Indian journal of veterinary science and animal husbandry - Volumes 15-17, 1948-1951
Year: 1948
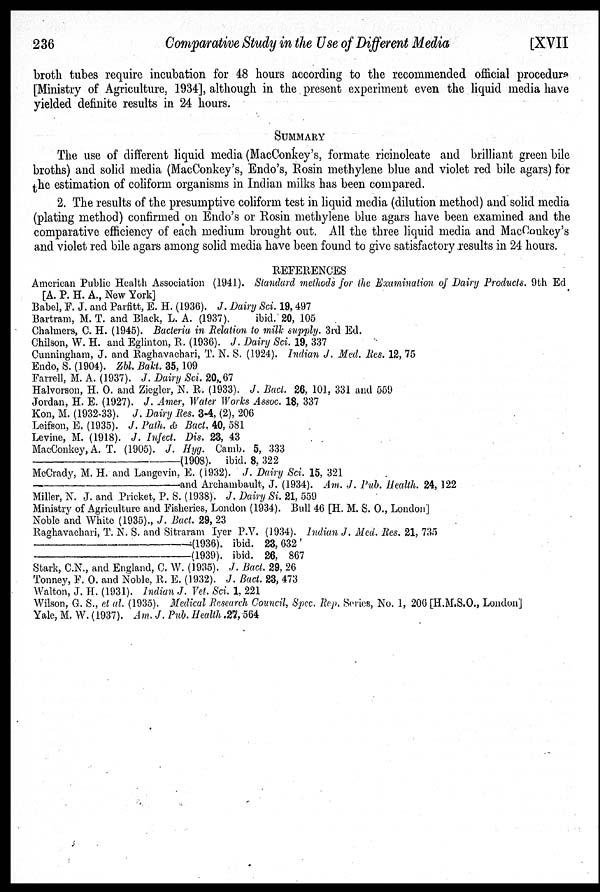
236
Comparative Study in the Use of Different Media
[XVII
broth tubes require incubation for 48 hours according to the recommended official procedure
[Ministry of Agriculture, 1934], although in the present experiment even the liquid media have
yielded definite results in 24 hours.
SUMMARY
The use of different liquid media (MacConkey's, formate ricinoleate and brilliant green bile
broths) and solid media (MacConkey's, Endo's, Rosin methylene blue and violet red bile agars) for
the estimation of coliform organisms in Indian milks has been compared.
2. The results of the presumptive coliform test in liquid media (dilution method) and solid media
(plating method) confirmed on Endo's or Rosin methylene blue agars have been examined and the
comparative efficiency of each medium brought out. All the three liquid media and MacConkey's
and violet red bile agars among solid media have been found to give satisfactory results in 24 hours.
REFERENCES
American Public Health Association (1941). Standard methods for the Examination of Dairy Products. 9th Ed
[A. P. H. A., New York]
Babel, F. J. and Parfitt, E. H. (1936). J. Dairy Sci. 19, 497
Bartram, M. T. and Black, L. A. (1937).
ibid. 20, 105
Chalmers, C. H. (1945). Bacteria in Relation to milk supply. 3rd Ed.
Chilson, W. H. and Eglinton, R. (1936). J. Dairy Sci. 19, 337
Cunningham, J. and Raghavachari, T. N. S. (1924). Indian J. Med. Res. 12, 75
Endo, S. (1904). Zbl. Bakt. 35, 109
Farrell, M. A. (1937). J. Dairy Sci. 20, 67
Halvorson, H. O. and Ziegler, N. R. (1933). J. Bact. 26, 101, 331 and 559
Jordan, H. E. (1927). J. Amer, Water Works Assoc. 18, 337
Kon, M. (1932-33). J. Dairy Res. 3-4, (2), 206
Leifson, E. (1935). J. Path. & Bact. 40, 581
Levine, M. (1918). J. Infect. Dis. 23, 43
MacConkey, A. T. (1905). J. Hyg. Camb. 5, 333
—(1908).
ibid. 8, 322
McCrady, M. H. and Langevin, E. (1932). J. Dairy Sci. 15, 321
—and
Archambault, J. (1934). Am. J. Pub. Health. 24, 122
Miller, N. J. and Pricket, P. S. (1938). J. Dairy Si. 21, 559
Ministry of Agriculture and Fisheries, London (1934). Bull 46 [H. M. S. O., London]
Noble and White (1935)., J. Bact. 29, 23
Raghavachari, T. N. S. and Sitraram Iyer P.V. (1934). Indian J. Med. Res. 21, 735
—(1936).
ibid. 23, 632 '
—(1938).
ibid. 23, 367
Stark, C.N., and England, C. W. (1935). J. Bact. 29, 26
Tonney, F. O. and Noble, R. E. (1932). J. Bact. 23, 473
Walton, J. H. (1931). Indian J. Vet. Sci. 1, 221
Wilson, G. S., et al. (1935). Medical Research Council, Spec. Rep. Series, No. 1, 206 [H.M.S.O., London]
Yale, M. W. (1937). Am. J. Pub. Health. 27, 564